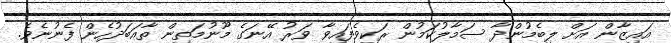
އައިޒާން އަށް ލިބެމުންދާ ސަމާލުކަމުން ރަކިވެފައިވާ ވަރު އޭނަގެ މޫނުމަތިން ތާއަބަދުހެން ފެނުނެވެ.